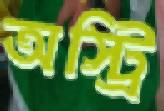
অস্ট্রি